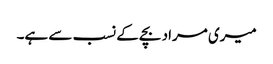
میری مراد بچے کے نسب سے ہے۔